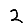
Digit: 2